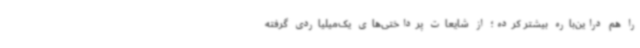
را هم دراین‌باره بیشتر کرده؛ از شایعات پرداختی‌های یک‌میلیاردی گرفته